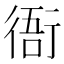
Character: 衙